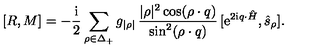
[ R , M ] = - \mathrm { \frac { i } { 2 } } \sum _ { \rho \in \Delta _ { + } } g _ { | \rho | } \thinspace { \frac { | \rho | ^ { 2 } \cos ( \rho \cdot q ) } { \sin ^ { 2 } ( \rho \cdot q ) } } \thinspace [ \mathrm { e } ^ { 2 \mathrm { i } q \cdot \hat { H } } , \hat { s } _ { \rho } ] .